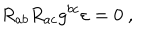
R _ { a b } R _ { a c } g ^ { b c } \varepsilon = 0 ~ ,